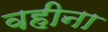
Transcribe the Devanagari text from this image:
वहीना